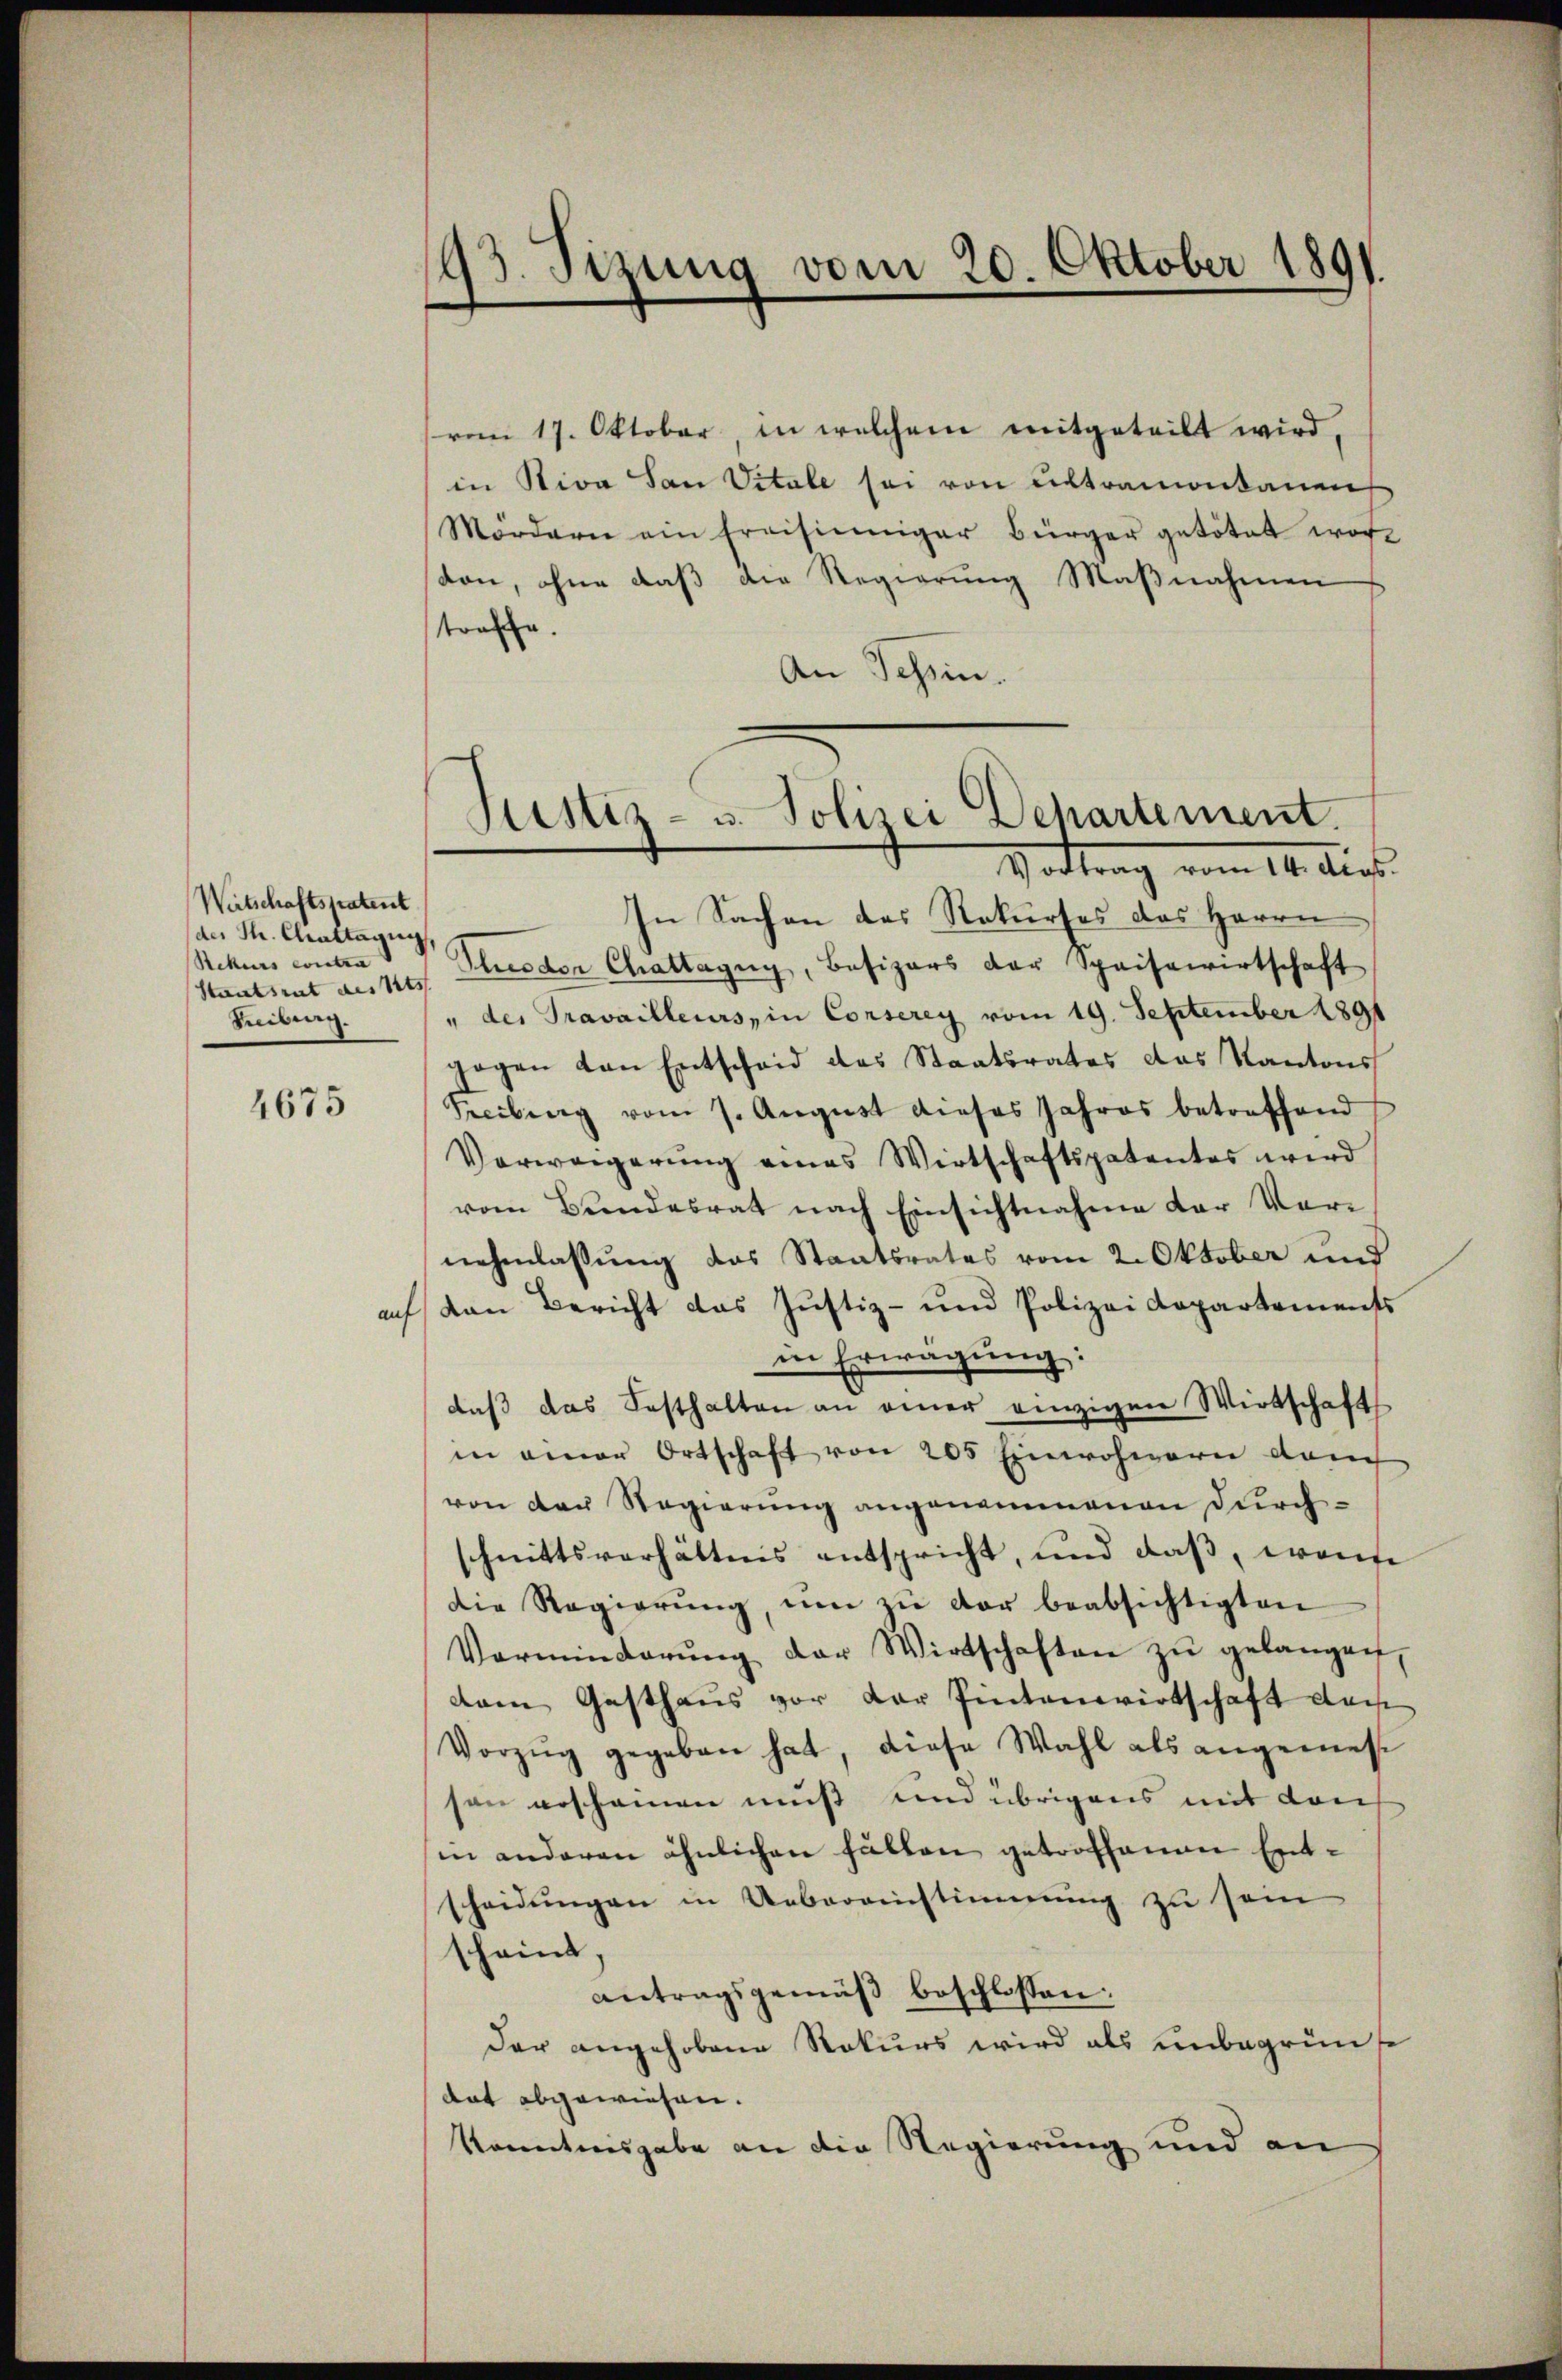
Wertschaftspatent
des Th. Chrattaug
Rekurs conten
Staatsrat des Kts.
Treibung.

4675

vom 17. Oktober, in welchem mitgeteilt wird,
in Stiva San Vitale sei von ultramontanen
Mördern ein Freisinniger Bürger getötet wor
ston, ohne daβ die Regierŭng Maβnahmen
troffe.
An Schein.
In Sachen das Rekurses des Herrn
Pluodor Chrattagny, Besizers der Speisewirtschaft
" der Pravailleurs, in Conserey vom 19. September 1891
gogen von Entscheid das Staatsrates das Kantons
Freibung vom 7. Aŭgŭst dieses Jahres betreffend
Verweigerung eines Wirtschaftspatentes wird
vom Bŭndesrat nach Einsichtnahme der Vor-
nehmlassung das Staatsrates vom 2. Oktober und
auf von Bericht das Justiz- und Polizei Departements
in Erwägung:
daβ das Festhalten an einer einzigen Wirtschafts
in einer Ortschaft von 205 Einwohnern dam
von der Regierŭng angenommenen dŭrch-
schnittsverhältnis entspricht, und daβ, wose
die Regierŭng ŭm zŭ der beabsichtigten
Verminderŭng der Wirtschaften zu gelangen,
dam Gasthaŭs vor der Eintenwirtschaft dah
Vorzug gegeben hat, diese Wahl als angemesson erscheinen muß und übrigens mit Kais
in anderen ähnlichen Fällen getroffenen Entscheidŭngen in Uebereinstimmung zu sein
scheint,
antragsgemäß beschlossen:
der angehobene Rekurs wird als unbegrünte
dat abgewiesen.
Kenntnisgabe an die Regierung und an

193. Sizung vom 20. Oktober 1891

Justiz- u. Polizei Departement.
Vattrag vom 14. dies